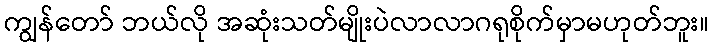
ကျွန်တော် ဘယ်လို အဆုံးသတ်မျိုးပဲလာလာဂရုစိုက်မှာမဟုတ်ဘူး။